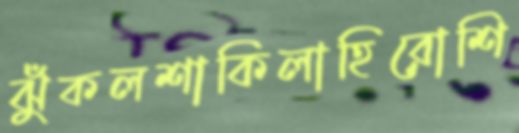
ঝুঁকলশাকিলাহিরোশি